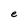
Character: e